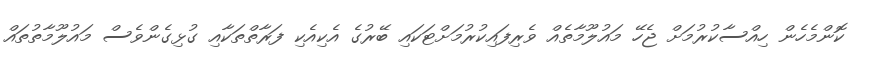
ކޮންމެހެން ހިއްސާކުރުމަށް ޖެހޭ މައުލޫމާތެއް ވެރިފައިކުރުމަށްޓަކައި ބޭރުގެ އެކިއެކި ފަރާތްތަކާއި ގުޅިގެންވެސް މައުލޫމާތުތައް